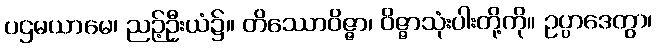
ပဌမယာမေ၊ ညဉ့်ဦးယံ၌။ တိဿောဝိဇ္ဇာ၊ ဝိဇ္ဇာသုံးပါးတို့ကို။ ဥပ္ပာဒေတွာ၊